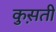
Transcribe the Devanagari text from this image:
कुस़ती